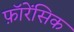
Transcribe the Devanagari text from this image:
फ़ॉरेंसिक